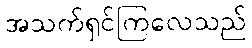
အသက်ရှင်ကြလေသည်